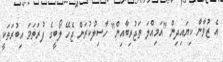
އެ ޒުވާނާ ކިޔައިދިން "އަމިއްލަ ތަޖުރިބާއިން" ހާސިލުކުރަން ޖެހޭ ލޯބީގެ ފުރަތަމަ އިބުރަތަކީ